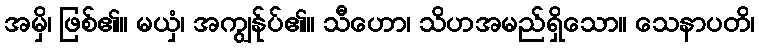
အမှိ၊ ဖြစ်၏။ မယှံ၊ အကျွန်ုပ်၏။ သီဟော၊ သိဟအမည်ရှိသော။ သေနာပတိ၊